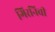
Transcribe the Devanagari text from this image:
गिरनिची